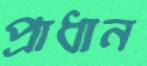
প্রাধান